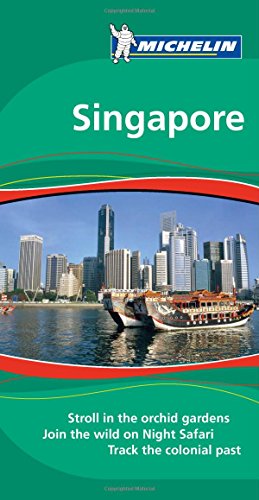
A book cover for Michelin Green Guide Singapore, 1e (Green Guide/Michelin); Michelin; Travel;